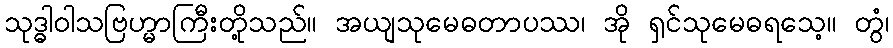
သုဒ္ဓါဝါသဗြဟ္မာကြီးတို့သည်။ အယျသုမေဓတာပဿ၊ အို ရှင်သုမေဓရသေ့။ တွံ၊